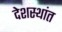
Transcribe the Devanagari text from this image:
देशस्थांत